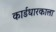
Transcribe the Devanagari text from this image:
कार्डधारकाला